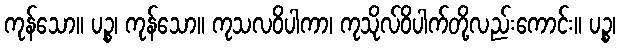
ကုန်သော။ ပဉ္စ၊ ကုန်သော။ ကုသလဝိပါကာ၊ ကုသိုလ်ဝိပါက်တို့လည်းကောင်း။ ပဉ္စ၊